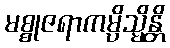
မစ္စုဇရာကမ္ပိသ္မိန္တိ